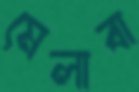
মেলাবা